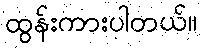
ထွန်းကားပါတယ်။